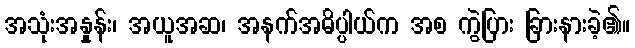
အသုံးအနှုန်း၊ အယူအဆ၊ အနက်အဓိပ္ပါယ်က အစ ကွဲပြား ခြားနားခဲ့၏။